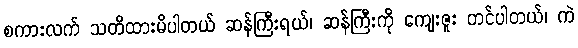
စကားလက် သတိထားမိပါတယ် ဆန်ကြီးရယ်၊ ဆန်ကြီးကို ကျေးဇူး တင်ပါတယ်၊ ကဲ